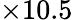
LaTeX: \times 10.5